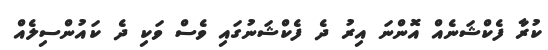
ކުރާ ފެކްޝަނެއް އޮންނަ އިރު ދެ ފެކްޝަނުގައި ވެސް ވަކި ދެ ކައުންސިލެއް